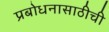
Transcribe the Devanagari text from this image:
प्रबोधनासाठीची